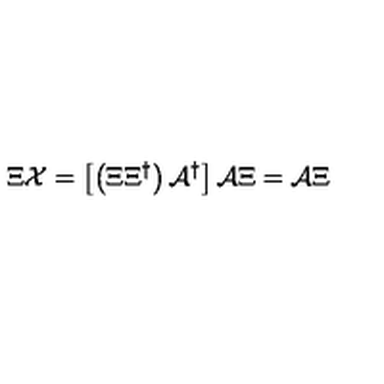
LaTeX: \Xi { \cal X } = \left[ \left( \Xi \Xi ^ { \dagger } \right) { \cal A } ^ { \dagger } \right] { \cal A } \Xi = { \cal A } \Xi